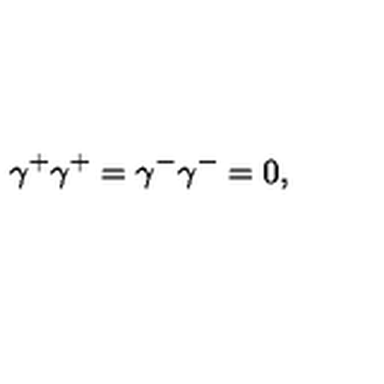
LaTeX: { \gamma } ^ { + } { \gamma } ^ { + } = { \gamma } ^ { - } { \gamma } ^ { - } = 0 ,